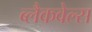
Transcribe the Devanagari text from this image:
ब्‍लैकवेल्‍स